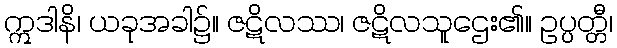
ဣဒါနိ၊ ယခုအခါ၌။ ဇဋိလဿ၊ ဇဋိလသူဌေး၏။ ဥပ္ပတ္တီ၊